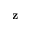
\mathbf { z }